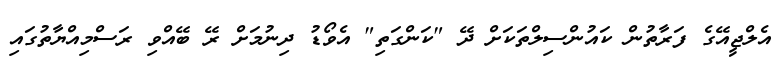
އެލްޖީއޭގެ ފަރާތުން ކައުންސިލްތަކަށް ދޭ "ކަންގަތި" އެވޯޑު ދިނުމަށް ރޭ ބޭއްވި ރަސްމިއްޔާތުގައި